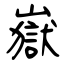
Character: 嶽